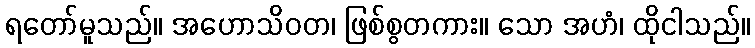
ရတော်မူသည်။ အဟောသိဝတ၊ ဖြစ်စွတကား။ သော အဟံ၊ ထိုငါသည်။